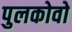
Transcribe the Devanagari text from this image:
पुलकोवो